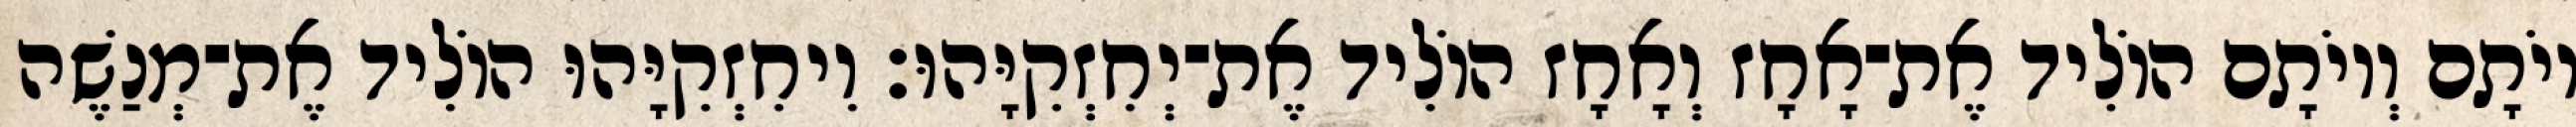
יוֹתָם וְיוֹתָם הוֹלִיד אֶת־אָחָז וְאָחָז הוֹלִיד אֶת־יְחִזְקִיָּהוּ׃ וִיחִזְקִיָּהוּ הוֹלִיד אֶת־מְנַשֶׁה